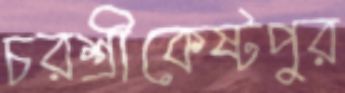
চরশ্রীকেষ্টপুর